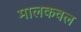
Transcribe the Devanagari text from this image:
मालकवल